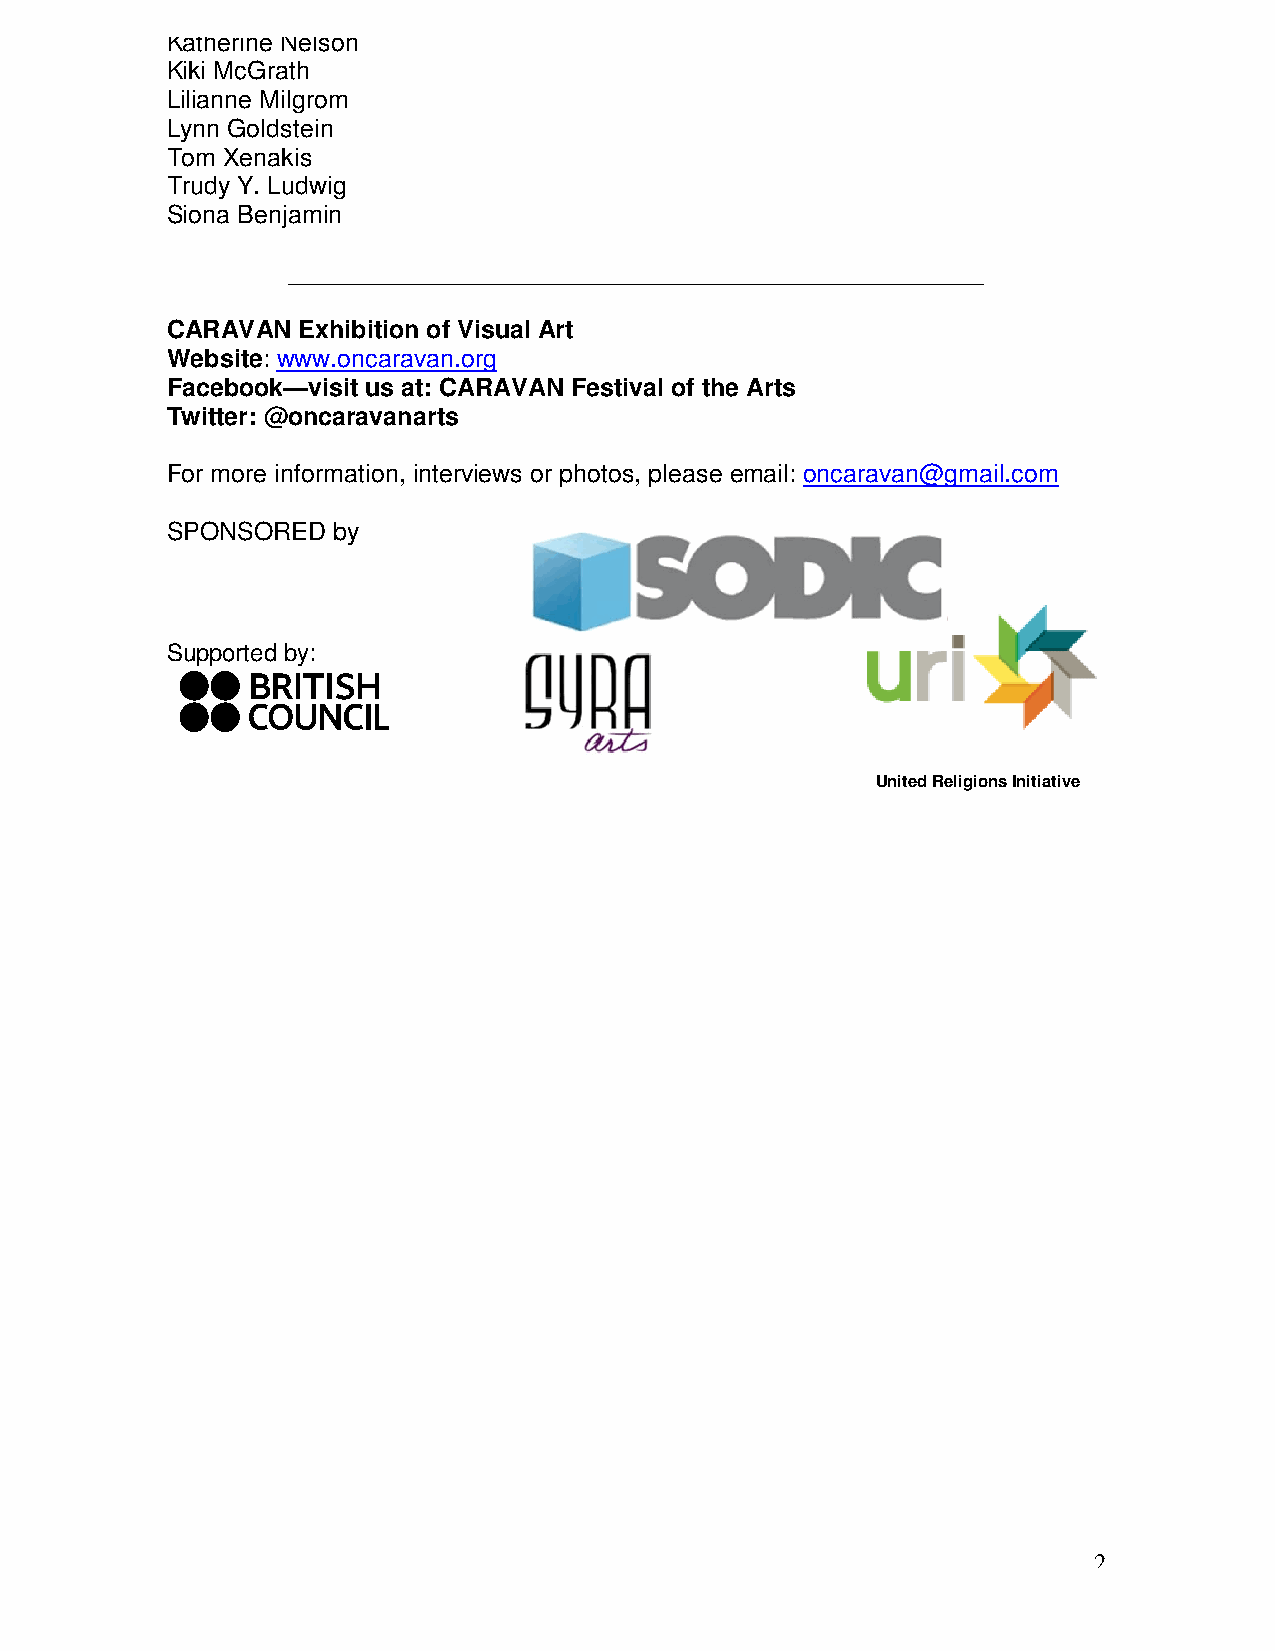
Katherine Nelson
 Kiki McGrath
 Lilianne Milgrom
 Lynn Goldstein
 Tom Xenakis
 Trudy Y. Ludwig
 Siona Benjamin
 __________________________________________________
 CARAVAN  Exhibition of Visual Art
 Website: www.oncaravan.org
 Facebook—visit us at: CARAVAN Festival of the Arts
 Twitter: @oncaravanarts
 For more information, interviews or photos, please email: oncaravan@gmail.com
 SPONSORED  by
 Supported by:
 United Religions Initiative
 2